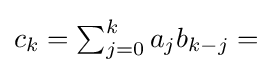
{\textstyle c_{k}=\sum _{j=0}^{k}a_{j}b_{k-j}={}\!}